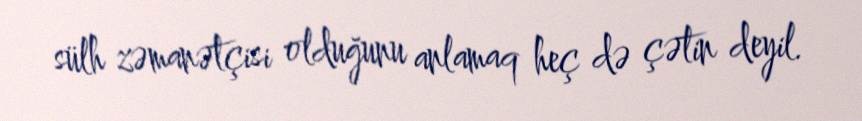
sülh zəmanətçisi olduğunu anlamaq heç də çətin deyil.